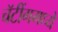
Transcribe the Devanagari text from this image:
चॅटींगमध्ये